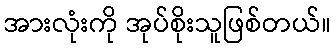
အားလုံးကို အုပ်စိုးသူဖြစ်တယ်။